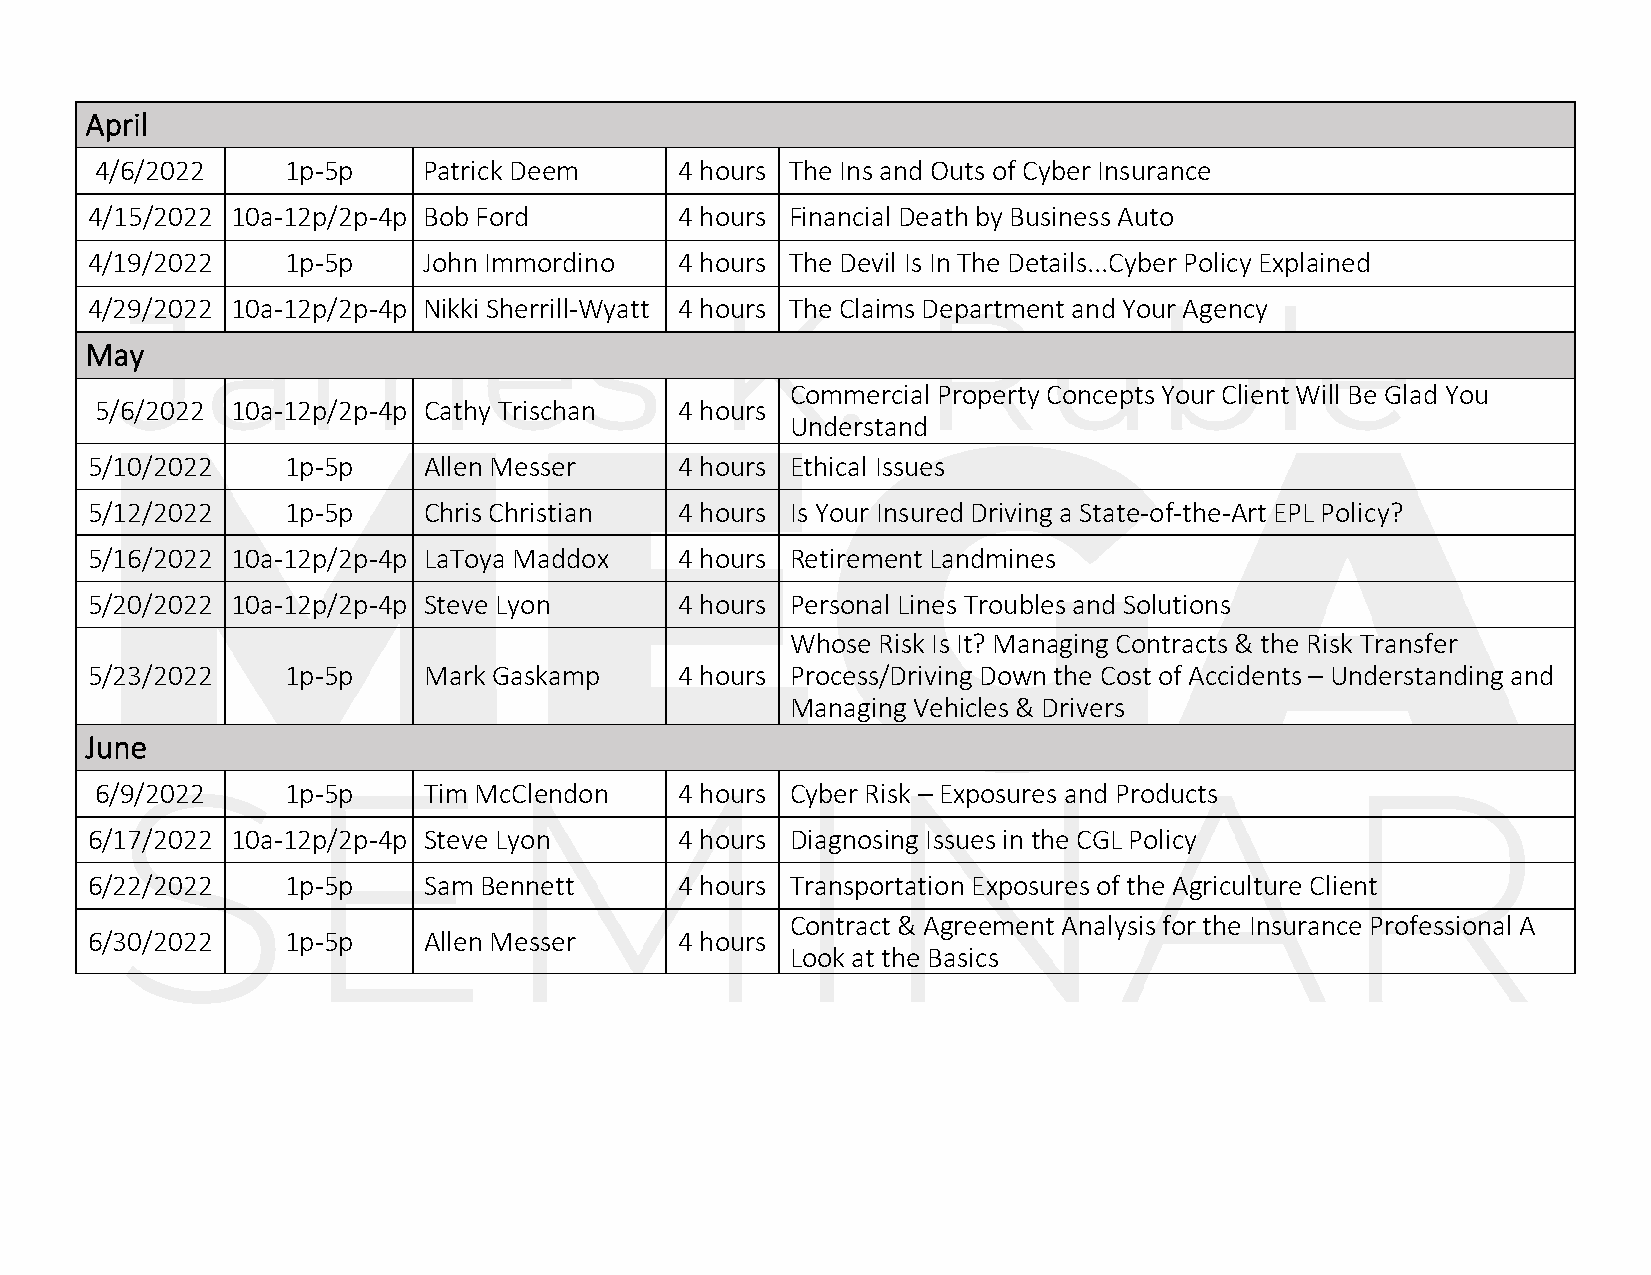
April
 4/6/2022     1p-5p    Patrick Deem     4 hours The Ins and Outs of Cyber Insurance
 4/15/2022 10a-12p/2p-4p Bob Ford       4 hours Financial Death by Business Auto
 4/19/2022    1p-5p    John Immordino   4 hours The Devil Is In The Details...Cyber Policy Explained
 4/29/2022 10a-12p/2p-4p Nikki Sherrill-Wyatt 4 hours The Claims Department and Your Agency
 May
 Commercial Property Concepts Your Client Will Be Glad You
 5/6/2022 10a-12p/2p-4p Cathy Trischan  4 hours
 Understand
 5/10/2022    1p-5p    Allen Messer     4 hours Ethical Issues
 5/12/2022    1p-5p    Chris Christian  4 hours Is Your Insured Driving a State-of-the-Art EPL Policy?
 5/16/2022 10a-12p/2p-4p LaToya Maddox  4 hours Retirement Landmines
 5/20/2022 10a-12p/2p-4p Steve Lyon     4 hours Personal Lines Troubles and Solutions
 Whose Risk Is It? Managing Contracts & the Risk Transfer
 5/23/2022    1p-5p    Mark Gaskamp     4 hours Process/Driving Down the Cost of Accidents – Understanding and
 Managing Vehicles & Drivers
 June
 6/9/2022     1p-5p    Tim McClendon    4 hours Cyber Risk – Exposures and Products
 6/17/2022 10a-12p/2p-4p Steve Lyon     4 hours Diagnosing Issues in the CGL Policy
 6/22/2022    1p-5p    Sam Bennett      4 hours Transportation Exposures of the Agriculture Client
 Contract & Agreement Analysis for the Insurance Professional A
 6/30/2022    1p-5p    Allen Messer     4 hours
 Look at the Basics